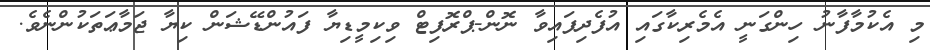
މި އެކުމާފާނު ހިންގަނީ އެމެރިކާގައި އުފެދިފައިވާ ނޮން-ޕްރޮފިޓް ވިކިމީޑިޔާ ފައުންޑޭޝަން ކިޔާ ޖަމާޢަތަކުންނެވެ.